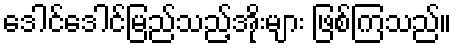
ဒေါင်ဒေါင်မြည်သည့်အိုးများ ဖြစ်ကြသည်။